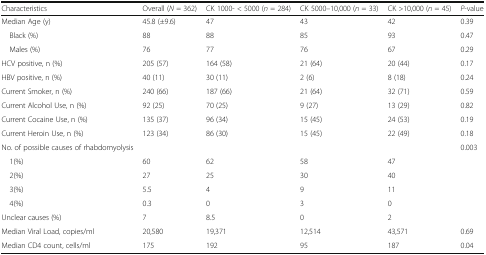
| Characteristics | Overall (N = 362) | CK 1000- < 5000 (n = 284) | CK 5000–10,000 (n = 33) | CK >10,000 (n = 45) | P-value |
 | --- | --- | --- | --- | --- | --- |
 | Median Age (y) | 45.8 (±9.6) | 47 | 43 | 42 | 0.39 |
 | Black (%) | 88 | 88 | 85 | 93 | 0.47 |
 | Males (%) | 76 | 77 | 76 | 67 | 0.29 |
 | HCV positive, n (%) | 205 (57) | 164 (58) | 21 (64) | 20 (44) | 0.17 |
 | HBV positive, n (%) | 40 (11) | 30 (11) | 2 (6) | 8 (18) | 0.24 |
 | Current Smoker, n (%) | 240 (66) | 187 (66) | 21 (64) | 32 (71) | 0.59 |
 | Current Alcohol Use, n (%) | 92 (25) | 70 (25) | 9 (27) | 13 (29) | 0.82 |
 | Current Cocaine Use, n (%) | 135 (37) | 96 (34) | 15 (45) | 24 (53) | 0.19 |
 | Current Heroin Use, n (%) | 123 (34) | 86 (30) | 15 (45) | 22 (49) | 0.18 |
 | No. of possible causes of rhabdomyolysis |  |  |  |  | 0.003 |
 | 1(%) | 60 | 62 | 58 | 47 |  |
 | 2(%) | 27 | 25 | 30 | 40 |  |
 | 3(%) | 5.5 | 4 | 9 | 11 |  |
 | 4(%) | 0.3 | 0 | 3 | 0 |  |
 | Unclear causes (%) | 7 | 8.5 | 0 | 2 |  |
 | Median Viral Load, copies/ml | 20,580 | 19,371 | 12,514 | 43,571 | 0.69 |
 | Median CD4 count, cells/ml | 175 | 192 | 95 | 187 | 0.04 |